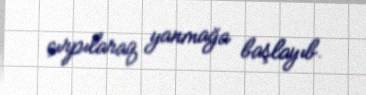
çırpılaraq yanmağa başlayıb.